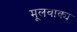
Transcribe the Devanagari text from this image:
मूलवाक्य